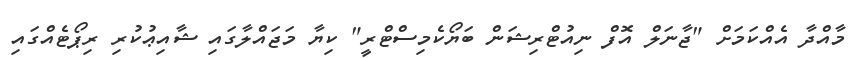
މާއްދާ އެއްކަމަށް "ޖާނަލް އޮފް ނިއުޓްރިޝަން ބަޔޯކެމިސްޓްރީ" ކިޔާ މަޖައްލާގައި ޝާއިޢުކުރި ރިޕޯޓެއްގައި